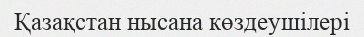
Қазақстан нысана көздеушілері